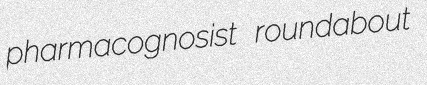
pharmacognosist roundabout